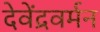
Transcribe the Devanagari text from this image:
देवेंद्रवर्मन